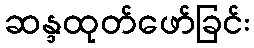
ဆန္ဒထုတ်ဖော်ခြင်း